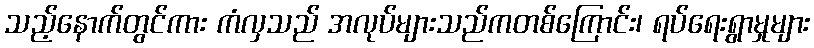
သည့်နောက်တွင်ကား ကံလှသည် အလုပ်များသည်ကတစ်ကြောင်း၊ ရပ်ရေးရွာမှုများ